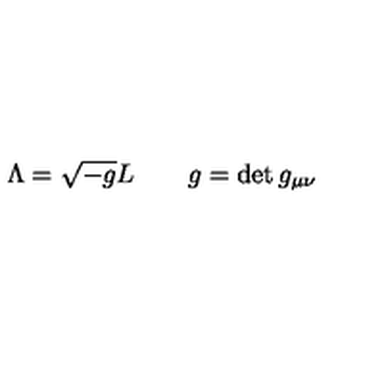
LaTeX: \Lambda = \sqrt { - g } L \qquad g = \det g _ { \mu \nu }